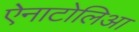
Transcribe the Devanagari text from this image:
ऐनाटोलिआ